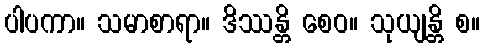
ပါပကာ။ သမာစာရာ။ ဒိဿန္တိ စေဝ။ သုယျန္တိ စ။